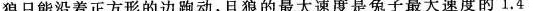
如果狼只能沿着正方形的边跑动，且狼的最大速度是兔子最大速度的1.4倍。问：兔子能否从正方形中逃出?